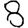
Digit: 8